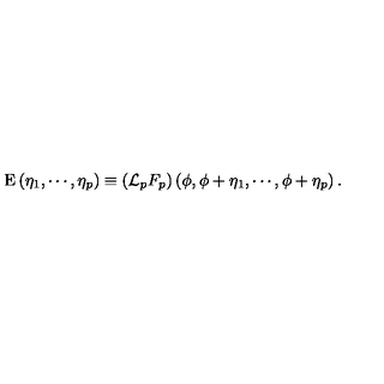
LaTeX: \mathrm { E } \left( \eta _ { 1 } , \cdots , \eta _ { p } \right) \equiv \left( { \cal L } _ { p } F _ { p } \right) \left( \phi , \phi + \eta _ { 1 } , \cdots , \phi + \eta _ { p } \right) .